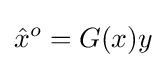
{\hat {x}}^{o}=G(x)y